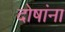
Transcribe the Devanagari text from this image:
दोषांना